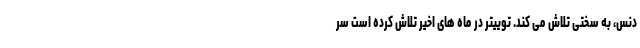
دنس، به سختی تلاش می کند. توییتر در ماه های اخیر تلاش کرده است سر